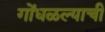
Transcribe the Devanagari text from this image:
गोंधळल्याची